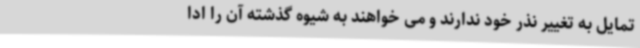
تمایل به تغییر نذر خود ندارند و می خواهند به شیوه گذشته آن را ادا